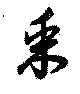
采